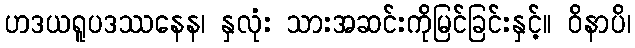
ဟဒယရူပဒဿနေန၊ နှလုံး သားအဆင်းကိုမြင်ခြင်းနှင့်။ ဝိနာပိ၊